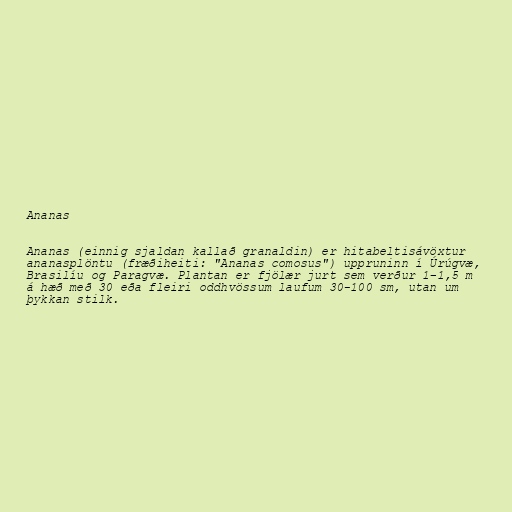
Ananas

Ananas (einnig sjaldan kallað granaldin) er hitabeltisávöxtur
ananasplöntu (fræðiheiti: "Ananas comosus") uppruninn í Úrúgvæ,
Brasilíu og Paragvæ. Plantan er fjölær jurt sem verður 1–1,5 m
á hæð með 30 eða fleiri oddhvössum laufum 30-100 sm, utan um
þykkan stilk.